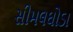
સીમલઘોડા